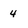
Character: 4